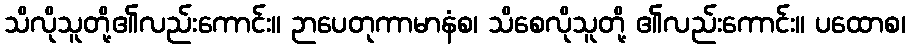
သိလိုသူတို့၏လည်းကောင်း။ ဉာပေတုကာမာနံစ၊ သိစေလိုသူတို့ ၏လည်းကောင်း။ ပထောစ၊